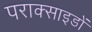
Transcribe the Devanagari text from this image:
पराक्साइडों